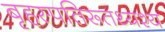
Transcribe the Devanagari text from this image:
बृहस्पतिरूतथ्यश्य